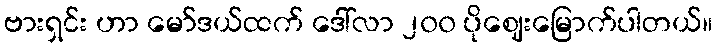
ဗားရှင်း ဟာ မော်ဒယ်ထက် ဒေါ်လာ ၂၀၀ ပိုဈေးမြောက်ပါတယ်။